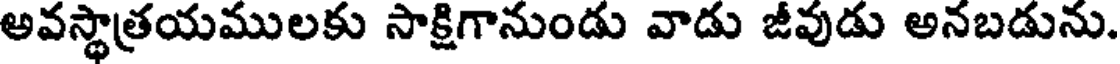
అవస్థాత్రయములకు సాక్షిగానుండు వాడు జీవుడు అనబడును.